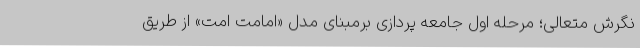
نگرش متعالی؛ مرحله اول جامعه پردازی برمبنای مدل «امامت امت» از طریق